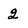
Character: 2